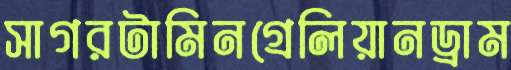
সাগরটামিনগ্রেলিয়ানড্রাম